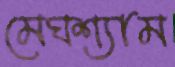
মেঘশ্যাম